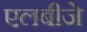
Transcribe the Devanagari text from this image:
एलबीजे